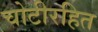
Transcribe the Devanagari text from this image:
चोटीरहित